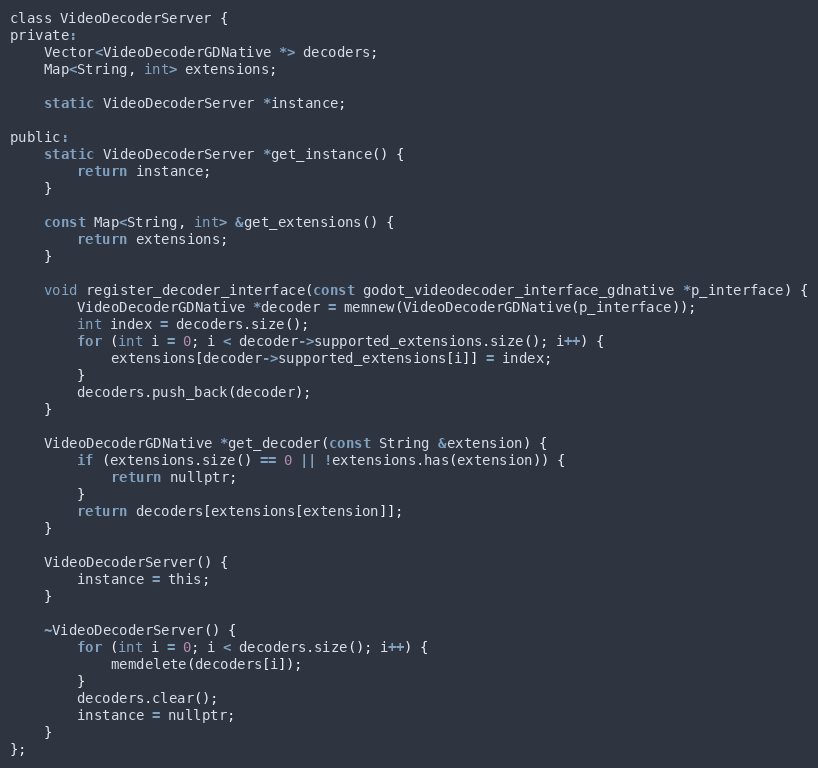
Language: C
class VideoDecoderServer {
private:
	Vector<VideoDecoderGDNative *> decoders;
	Map<String, int> extensions;

	static VideoDecoderServer *instance;

public:
	static VideoDecoderServer *get_instance() {
		return instance;
	}

	const Map<String, int> &get_extensions() {
		return extensions;
	}

	void register_decoder_interface(const godot_videodecoder_interface_gdnative *p_interface) {
		VideoDecoderGDNative *decoder = memnew(VideoDecoderGDNative(p_interface));
		int index = decoders.size();
		for (int i = 0; i < decoder->supported_extensions.size(); i++) {
			extensions[decoder->supported_extensions[i]] = index;
		}
		decoders.push_back(decoder);
	}

	VideoDecoderGDNative *get_decoder(const String &extension) {
		if (extensions.size() == 0 || !extensions.has(extension)) {
			return nullptr;
		}
		return decoders[extensions[extension]];
	}

	VideoDecoderServer() {
		instance = this;
	}

	~VideoDecoderServer() {
		for (int i = 0; i < decoders.size(); i++) {
			memdelete(decoders[i]);
		}
		decoders.clear();
		instance = nullptr;
	}
};